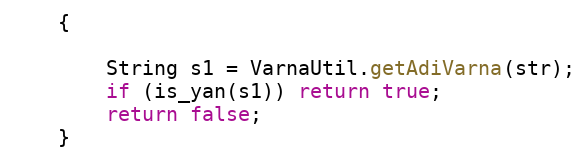
Language: Java
    {

        String s1 = VarnaUtil.getAdiVarna(str);
        if (is_yan(s1)) return true;
        return false;
    }